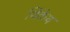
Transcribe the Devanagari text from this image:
थिंकेथ